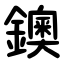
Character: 鐭